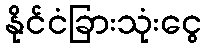
နိုင်ငံခြားသုံးငွေ